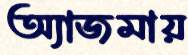
অ্যাজমায়